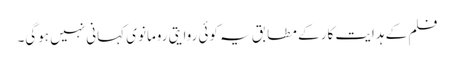
فلم کے ہدایت کار کے مطابق یہ کوئی روایتی رومانوی کہانی نہیں ہوگی۔